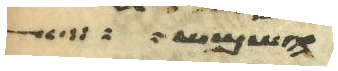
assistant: השמש